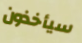
سيأخذون